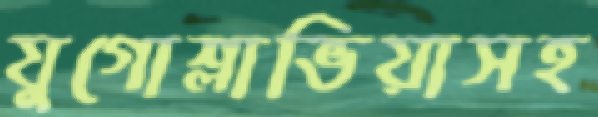
যুগোশ্লাভিয়াসহ